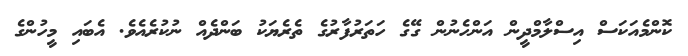
ކޮންމެއަކަސް އިސްލާމްދީން އަންހެނުން ގޭގެ ހަތަރުފާރުގެ ތެރެޔަކު ބަންދެއް ނުކުރެއެވެ. އެބައި މީހުންގެ